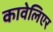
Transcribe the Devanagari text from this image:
कावेलिएर